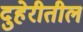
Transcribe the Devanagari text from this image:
दुहेरीतील